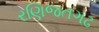
રણિજતગઢ